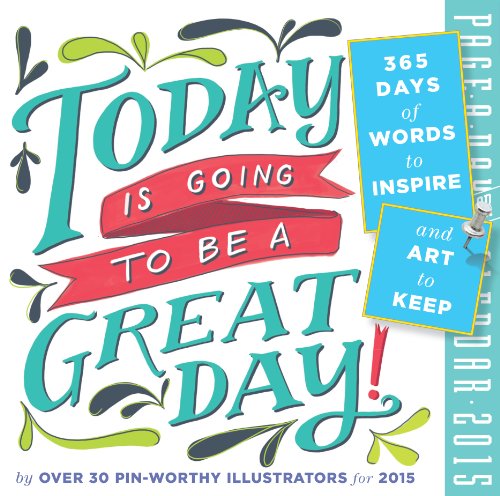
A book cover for Today is Going To Be A Great Day! 2015 Page-A-Day Calendar; Workman Publishing; Calendars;